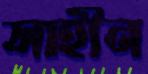
সাহীন